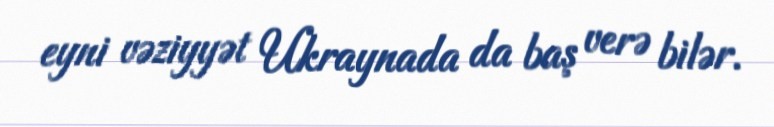
eyni vəziyyət Ukraynada da baş verə bilər.